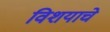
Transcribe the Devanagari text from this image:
विशयाचे